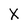
Character: X